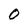
Character: O